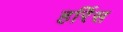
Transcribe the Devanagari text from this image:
हर्रिस